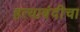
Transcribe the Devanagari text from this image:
हत्याबंदीचा